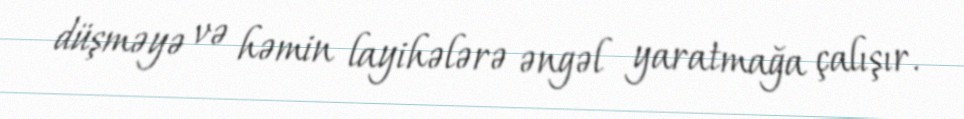
düşməyə və həmin layihələrə əngəl yaratmağa çalışır.